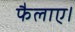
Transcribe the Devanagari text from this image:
फैलाए।